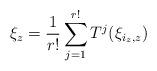
LaTeX: \begin{align*}\xi_z=\frac{1}{r!}\sum_{j=1}^{r!} T^j(\xi_{i_z,z})\end{align*}